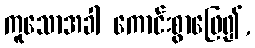
ကူသောအခါ ကောင်းစွာဖြေ၍,